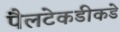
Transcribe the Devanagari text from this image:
पैलटेकडीकडे